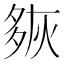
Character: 㷇